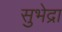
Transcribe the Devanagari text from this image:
सुभेद्रा